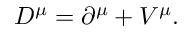
D ^ { \mu } = \partial ^ { \mu } + { \cal V } ^ { \mu } .